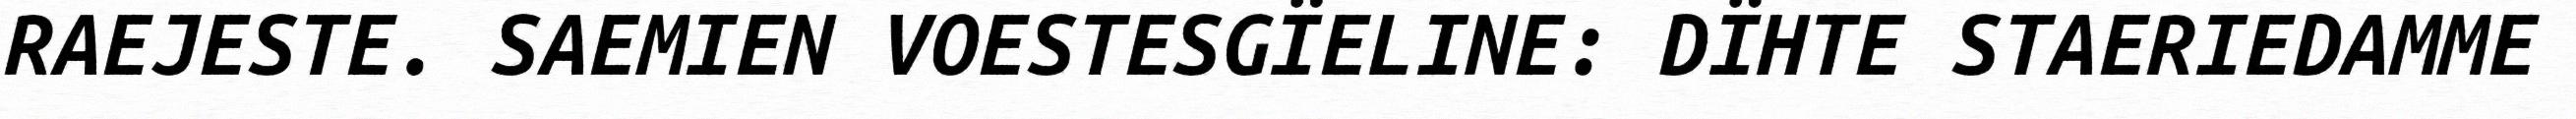
RAEJESTE. SAEMIEN VOESTESGÏELINE: DÏHTE STAERIEDAMME